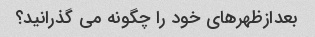
بعدازظهرهای خود را چگونه می گذرانید؟